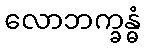
လောဘက္ခန္ဓံ